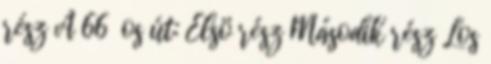
rész A 66 os út: Elsö rész Második rész Los